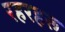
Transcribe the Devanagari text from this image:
रहरहरू